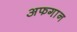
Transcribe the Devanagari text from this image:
अफगा़न